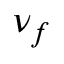
\nu _ { f }